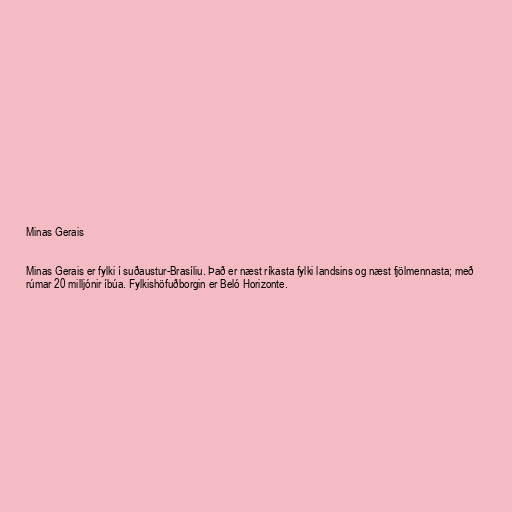
Minas Gerais

Minas Gerais er fylki í suðaustur-Brasíliu. Það er næst ríkasta fylki landsins og næst fjölmennasta; með
rúmar 20 milljónir íbúa. Fylkishöfuðborgin er Beló Horizonte.